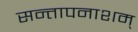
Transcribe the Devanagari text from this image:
सन्तापनाशम्